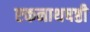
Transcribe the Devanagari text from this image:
एकनाथषष्ठी